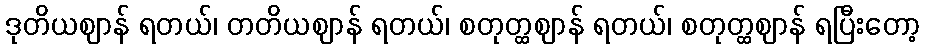
ဒုတိယဈာန် ရတယ်၊ တတိယဈာန် ရတယ်၊ စတုတ္ထဈာန် ရတယ်၊ စတုတ္ထဈာန် ရပြီးတော့